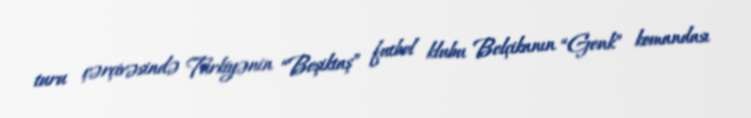
turu çərçivəsində Türkiyənin “Beşiktaş” futbol klubu Belçikanın “Genk” komandası